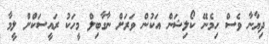
ދިޔާނާ ވެސް ހިމެނޭ ކޯލިޝަން އަކުން ވަރަށް ނާގާބިލް މީހަކު ރައީސަކްށް ލީމާ